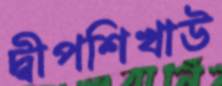
দ্বীপশিখাউ